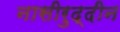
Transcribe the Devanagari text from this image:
नासीरुद्दीन